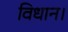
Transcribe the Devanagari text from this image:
विधान।